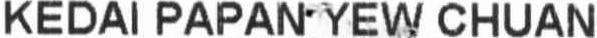
KEDAI PAPAN YEW CHUAN